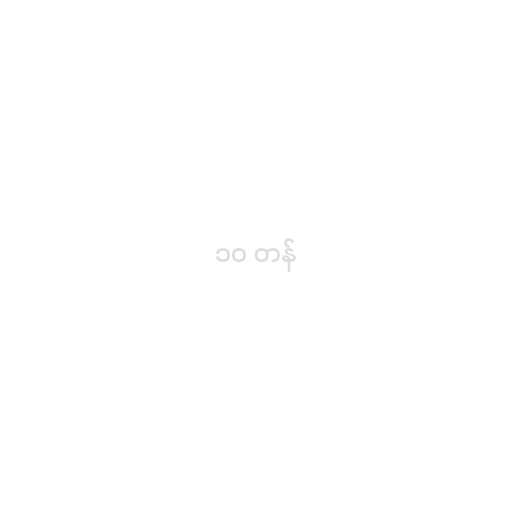
၁၀ တန်